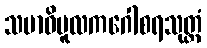
သမာဓိမူလကဂေါစရသုတ္တံ